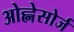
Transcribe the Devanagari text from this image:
ओह्नेसोर्ज